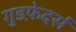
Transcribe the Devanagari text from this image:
गुडफ़ेदर्स